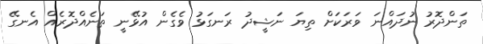
ތަންދޮރު ނުދައްނަ ވަރަކަށް ތިޔަ ނަޝީދު ރަނގަޅު ވެގެން އުޅޭނީ ތަނެއްދޮރެއް އެނގޭ